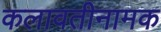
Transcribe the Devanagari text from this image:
कलावतीनामक